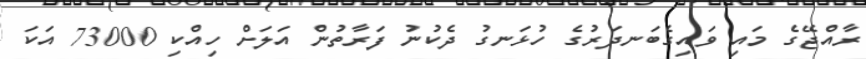
ރާއްޖޭގެ މައި ވައިގެބަނދަރުގެ ހުޅަނގު ދެކުނު ފަރާތުން އަލަށް ހިއްކި 73000 އަކަ